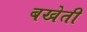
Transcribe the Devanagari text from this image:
बखेती